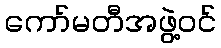
ကော်မတီအဖွဲ့ဝင်